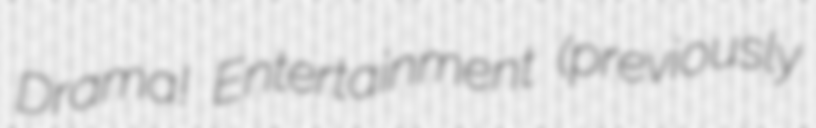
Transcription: Drama! Entertainment (previously